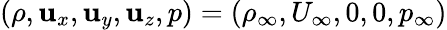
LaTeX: (\rho,\mathbf{u}_{x},\mathbf{u}_{y},\mathbf{u}_{z},p)=(\rho_{\infty},U_{\infty},0,0,p_{\infty})